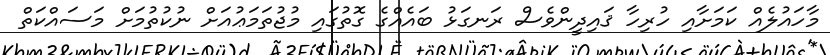
މާހައުލެއް ކަމަށާއި ހުރިހާ ޤައިދީންވެސް ރަނގަޅު ބައެއްގެ ގޮތުގައި މުޖުތަމަޢުއަށް ނުކުތުމަށް މަސައްކަތް